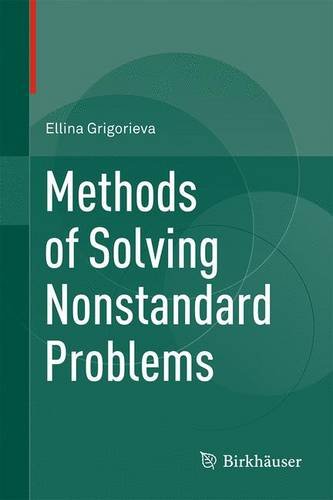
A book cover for Methods of Solving Nonstandard Problems; Ellina Grigorieva; Science & Math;